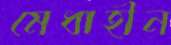
মেধাহীন